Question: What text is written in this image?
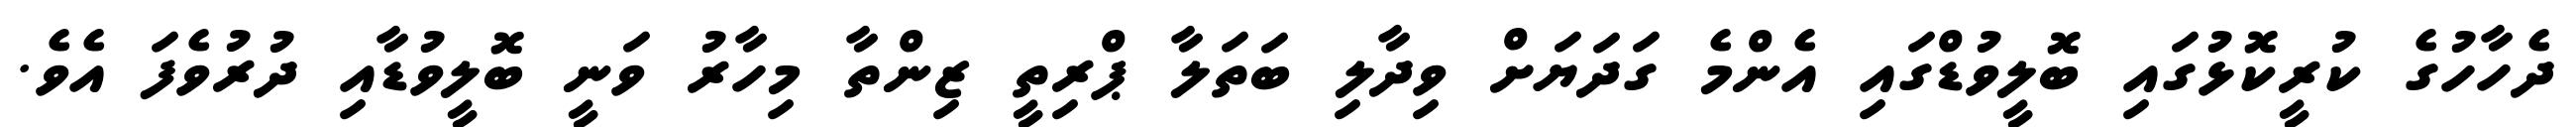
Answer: ދެހާހުގެ ކުރީކޮޅުގައި ބޮލީވުޑްގައި އެންމެ ގަދަޔަށް ވިދާލި ބަތަލާ ޕްރިތީ ޒިންތާ މިހާރު ވަނީ ބޮލީވުޑާއި ދުރުވެފަ އެވެ.